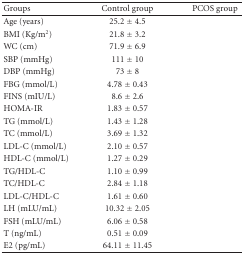
<table><thead><tr><td><b>Groups</b></td><td><b>Control group</b></td><td><b>PCOS group</b></td></tr></thead><tbody><tr><td>Age (years)</td><td>25.2 ± 4.5</td><td>[EMPTY_CELL]</td></tr><tr><td>BMI (Kg/m<sup>2</sup>)</td><td>21.8 ± 3.2</td><td>[EMPTY_CELL]</td></tr><tr><td>WC (cm)</td><td>71.9 ± 6.9</td><td>[EMPTY_CELL]</td></tr><tr><td>SBP (mmHg)</td><td>111 ± 10</td><td>[EMPTY_CELL]</td></tr><tr><td>DBP (mmHg)</td><td>73 ± 8</td><td>[EMPTY_CELL]</td></tr><tr><td>FBG (mmol/L)</td><td>4.78 ± 0.43</td><td>[EMPTY_CELL]</td></tr><tr><td>FINS (mIU/L)</td><td>8.6 ± 2.6</td><td>[EMPTY_CELL]</td></tr><tr><td>HOMA-IR</td><td>1.83 ± 0.57</td><td>[EMPTY_CELL]</td></tr><tr><td>TG (mmol/L)</td><td>1.43 ± 1.28</td><td>[EMPTY_CELL]</td></tr><tr><td>TC (mmol/L)</td><td>3.69 ± 1.32</td><td>[EMPTY_CELL]</td></tr><tr><td>LDL-C (mmol/L)</td><td>2.10 ± 0.57</td><td>[EMPTY_CELL]</td></tr><tr><td>HDL-C (mmol/L)</td><td>1.27 ± 0.29</td><td>[EMPTY_CELL]</td></tr><tr><td>TG/HDL-C</td><td>1.10 ± 0.99</td><td>[EMPTY_CELL]</td></tr><tr><td>TC/HDL-C</td><td>2.84 ± 1.18</td><td>[EMPTY_CELL]</td></tr><tr><td>LDL-C/HDL-C</td><td>1.61 ± 0.60</td><td>[EMPTY_CELL]</td></tr><tr><td>LH (mLU/mL)</td><td>10.32 ± 2.05</td><td>[EMPTY_CELL]</td></tr><tr><td>FSH (mLU/mL)</td><td>6.06 ± 0.58</td><td>[EMPTY_CELL]</td></tr><tr><td>T (ng/mL)</td><td>0.51 ± 0.09</td><td>[EMPTY_CELL]</td></tr><tr><td>E2 (pg/mL)</td><td>64.11 ± 11.45</td><td>[EMPTY_CELL]</td></tr></tbody></table>